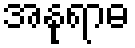
အနုရာဓ